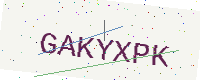
Text: GAKYXPK